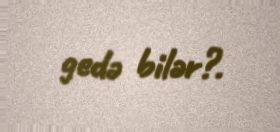
gedə bilər?.